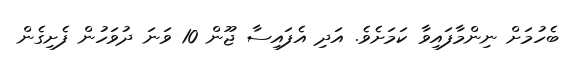
ބެހުމަށް ނިންމާފައިވާ ކަމަށެވެ. އަދި އެފައިސާ ޖޫން 10 ވަނަ ދުވަހުން ފެށިގެން